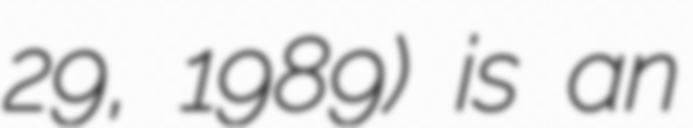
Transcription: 29, 1989) is an